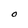
Character: O